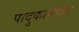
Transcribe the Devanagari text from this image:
पादुकामंदिर